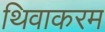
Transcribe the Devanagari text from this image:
थिवाकरम